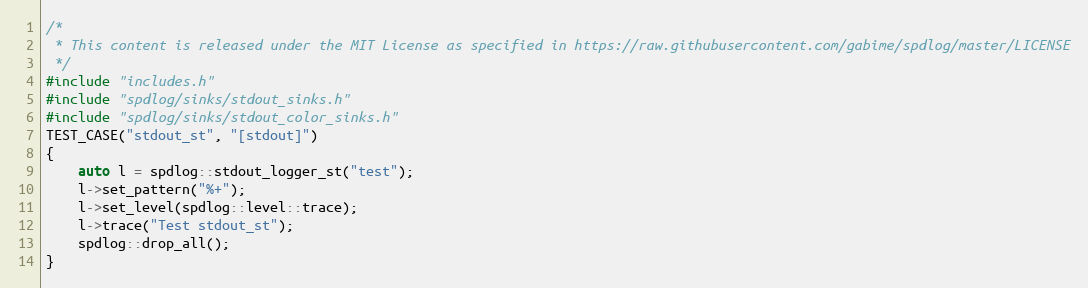
Language: C++
/*
 * This content is released under the MIT License as specified in https://raw.githubusercontent.com/gabime/spdlog/master/LICENSE
 */
#include "includes.h"
#include "spdlog/sinks/stdout_sinks.h"
#include "spdlog/sinks/stdout_color_sinks.h"
TEST_CASE("stdout_st", "[stdout]")
{
    auto l = spdlog::stdout_logger_st("test");
    l->set_pattern("%+");
    l->set_level(spdlog::level::trace);
    l->trace("Test stdout_st");
    spdlog::drop_all();
}